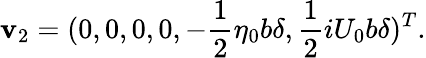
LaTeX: \boldsymbol{\mathbf{v}}_{2}=(0,0,0,0,-\frac{{1}}{{2}}\eta_{0}b\delta,\frac{{1}}{{2}}iU_{0}b\delta)^{T}.